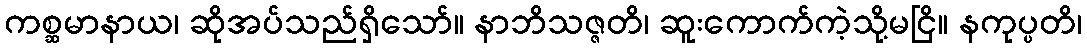
ကစ္ဆမာနာယ၊ ဆိုအပ်သည်ရှိသော်။ နာဘိသဇ္ဇတိ၊ ဆူးကောက်ကဲ့သို့မငြိ။ နကုပ္ပတိ၊